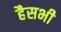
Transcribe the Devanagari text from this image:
हैसभी